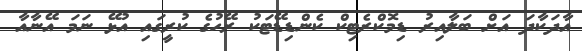
އާދަކާދަ އަށް ބަލާއިރު ޑިމޮކްރެޓިކް ކެންޑިޑޭޓަކު ރޭހުގެ ކުރީގައި އުޅޭ ނަމަ އޭނާއާ